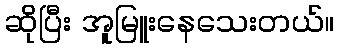
ဆိုပြီး အူမြူးနေသေးတယ်။